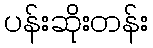
ပန်းဆိုးတန်း